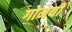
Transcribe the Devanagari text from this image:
गोमयी